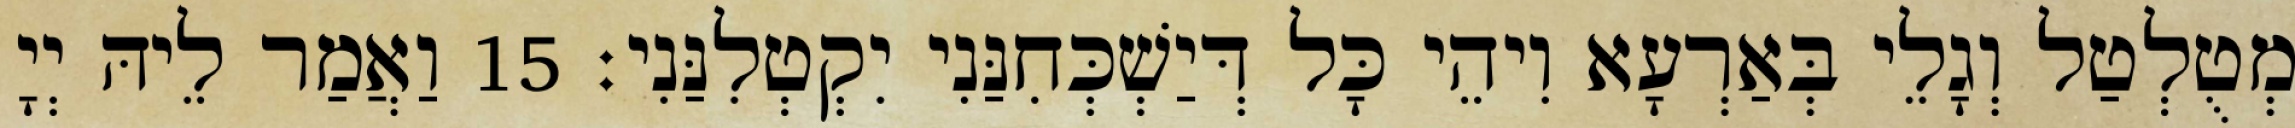
מְטֻלְטַל וְגָלֵי בְּאַרְעָא וִיהֵי כָּל דְּיַשְׁכְּחִנַּנִי יִקְטְלִנַּנִי׃ 15 וַאֲמַר לֵיהּ יְיָ